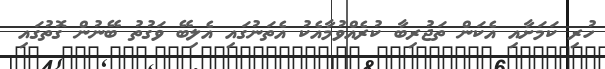
ހުރި ކަމަށާއި އެކަން ތަޖުރިބާ ކުރެއްވުމާއެކު އެތަނުގައި އެލިބޭ ވަގުތު ބޭނުން ގޮތުގައި